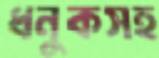
ধনুকসহ